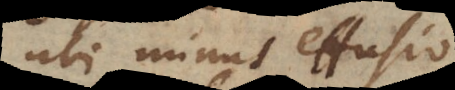
ubi minus effusio